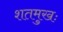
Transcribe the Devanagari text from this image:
शतमुखः